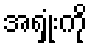
အရှုံးကို